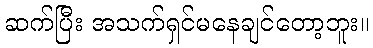
ဆက်ပြီး အသက်ရှင်မနေချင်တော့ဘူး။